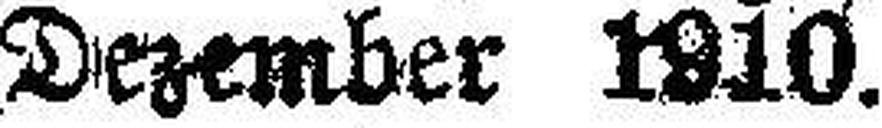
Dezember 1910.